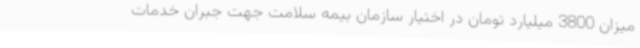
میزان 3800 میلیارد تومان در اختیار سازمان بیمه سلامت جهت جبران خدمات